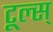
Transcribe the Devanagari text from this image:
टूल्स्